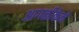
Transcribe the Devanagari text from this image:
आगळीकेने